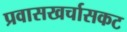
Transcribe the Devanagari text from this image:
प्रवासखर्चासकट